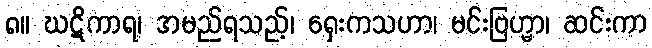
၈။ ဃဋိကာရ၊ အမည်ရသည့်၊ ရှေးကသဟာ၊ မင်းဗြဟ္မာ၊ ဆင်းကာ